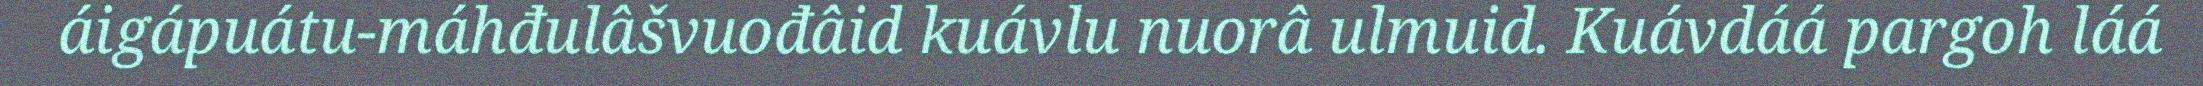
áigápuátu-máhđulâšvuođâid kuávlu nuorâ ulmuid. Kuávdáá pargoh láá